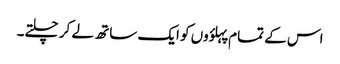
اس کے تمام پہلؤوں کو ایک ساتھ لے کر چلتے۔